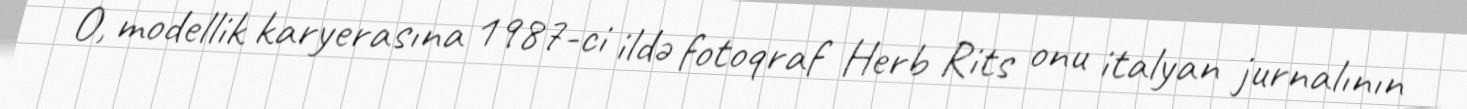
O, modellik karyerasına 1987-ci ildə fotoqraf Herb Rits onu italyan jurnalının